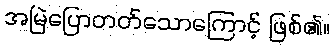
အမြဲပြောတတ်သောကြောင့် ဖြစ်၏။